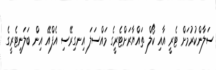
ސަލާންކުރުމަށް ޓެރީ އާއި ކޯލް ތައްޔާރަށްޓެރީގެ މައްސަލަ އިނގިރޭސި އެފްއޭ އިން ބަލަނީޓެރީގެ